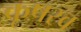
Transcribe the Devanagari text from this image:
कृषस्व